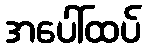
အပေါ်ထပ်